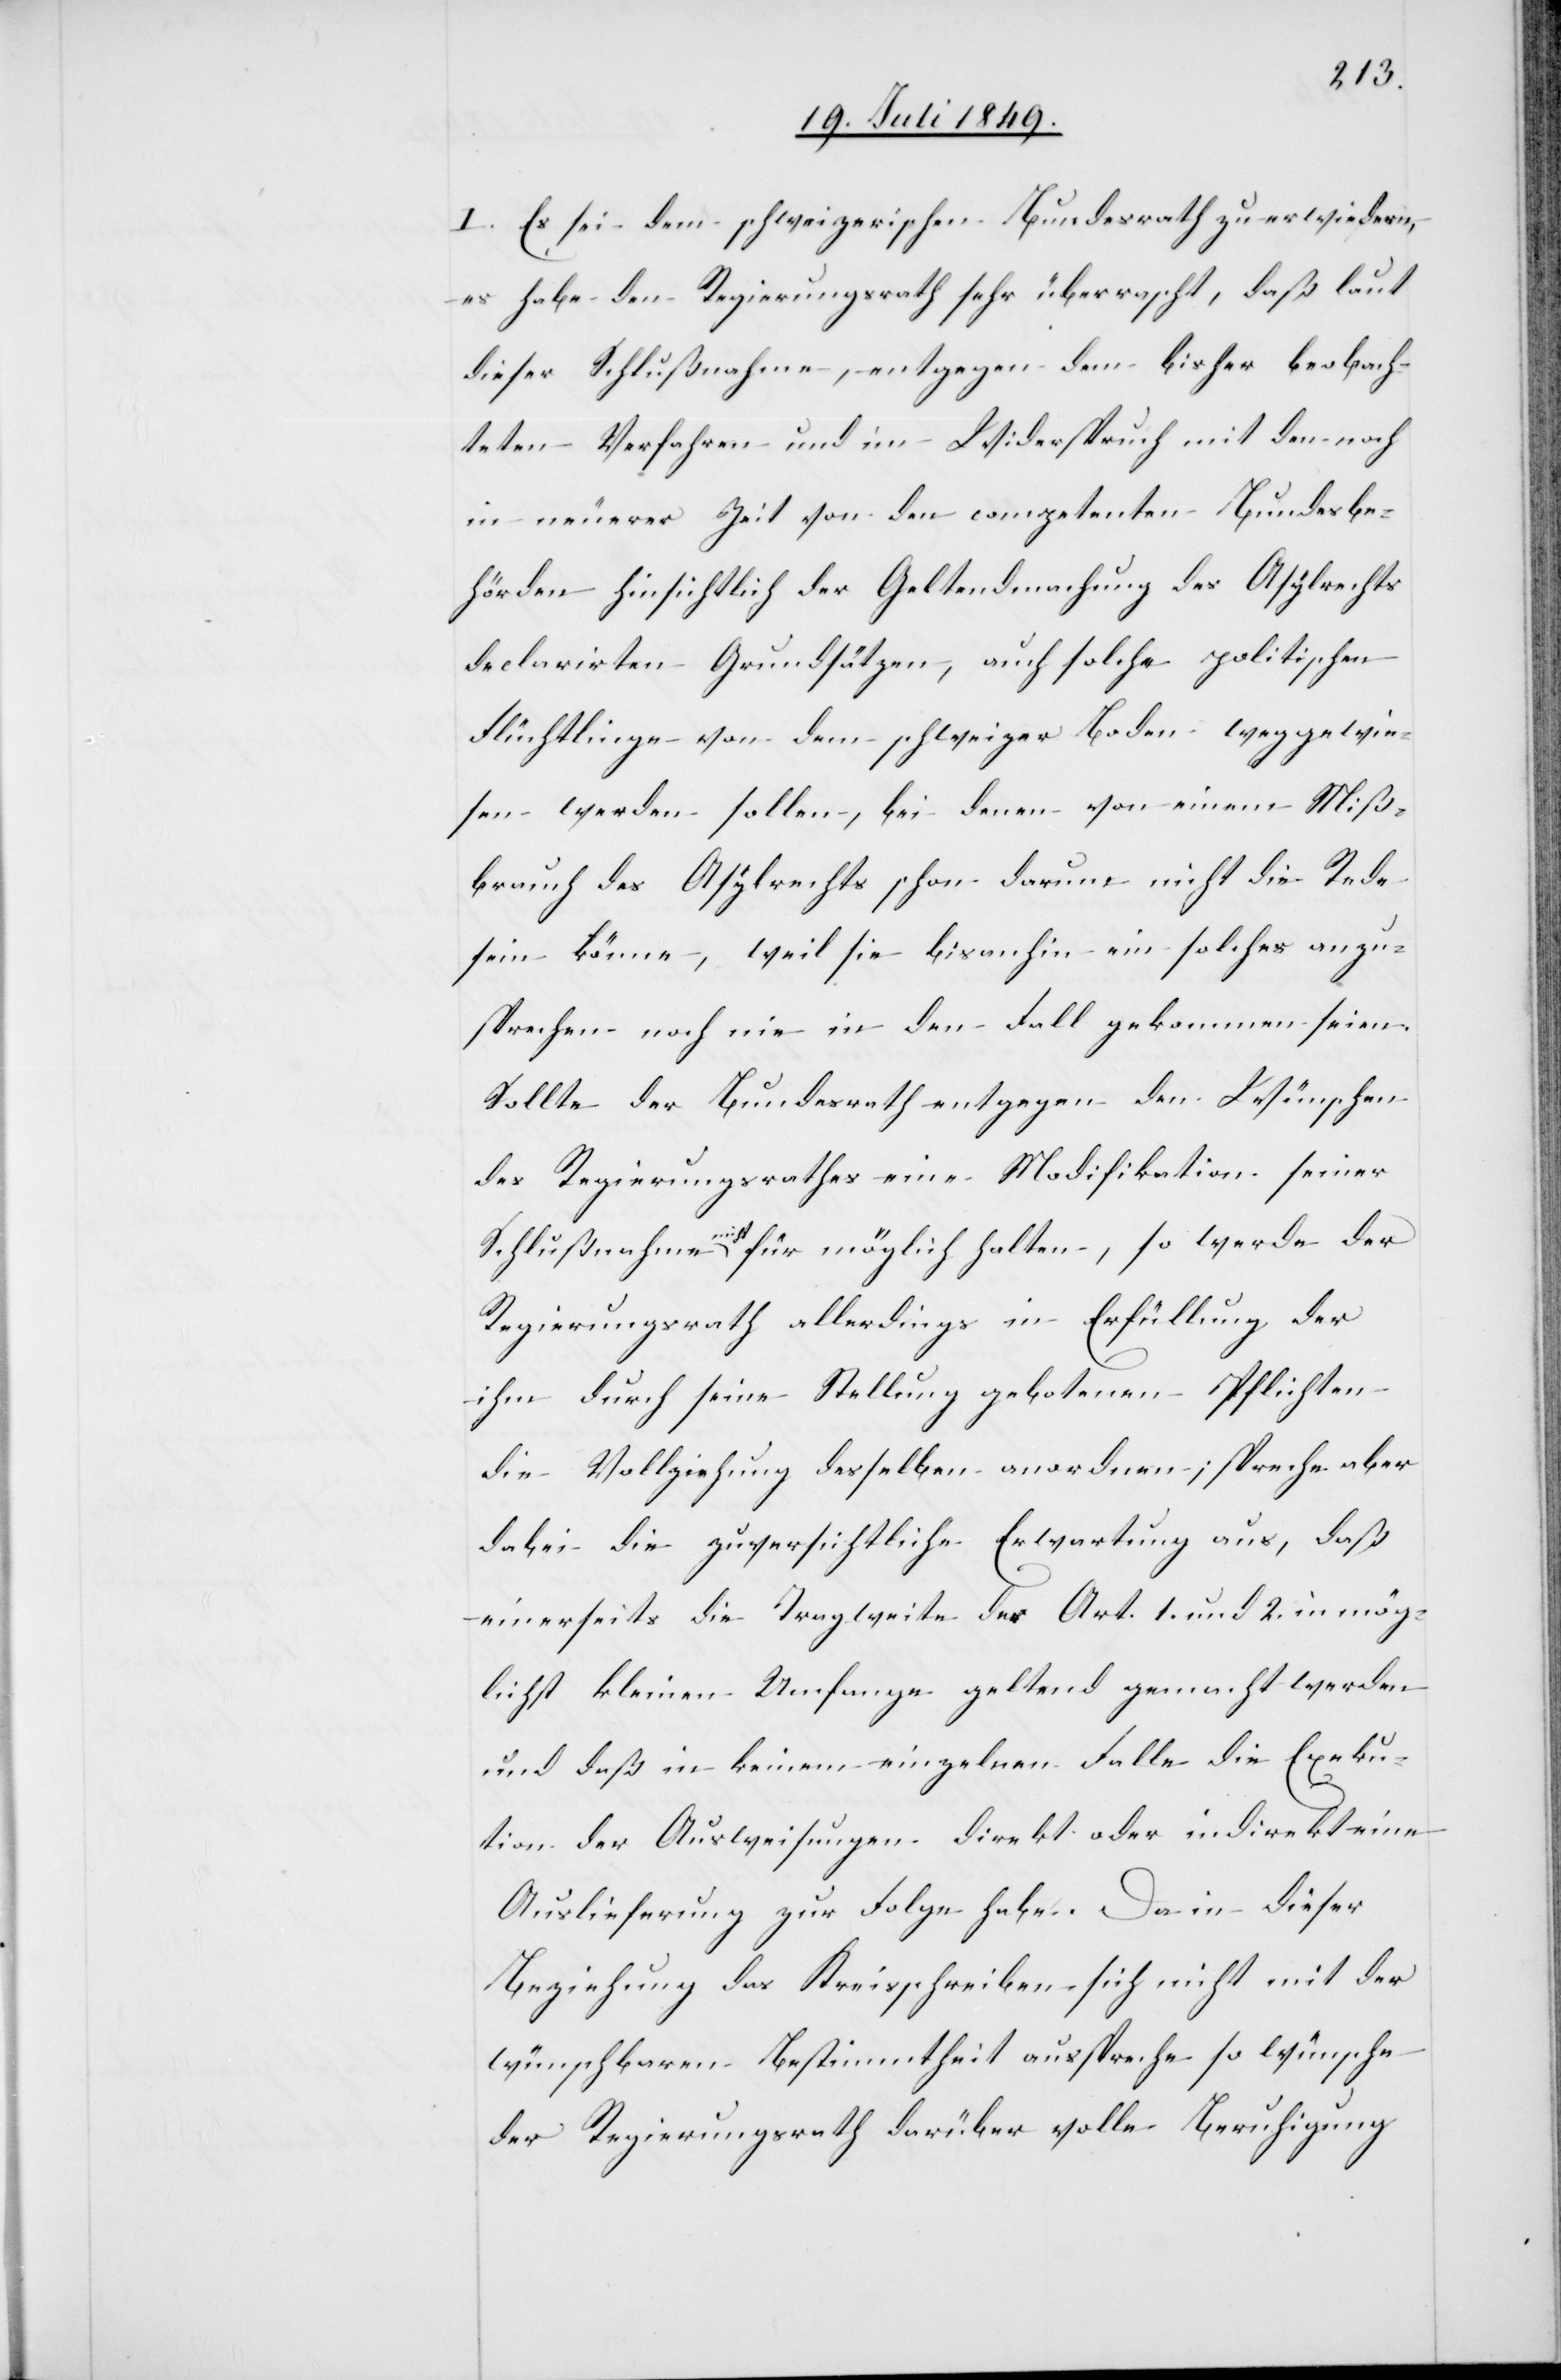
I. Es sei dem schweizerischen Bundesrath zu erwiedern,
es habe den Regierungsrath sehr überrascht, daß laut
dieser Schlußnahme, entgegen dem bisher beobach¬
teten Verfahren und im Widerspruch mit den noch
in neuerer Zeit von den competenten Bundesbe¬
hörden hinsichtlich der Geltendmachung des Asylrechts
declarirten Grundsätzen, auch solche politischen
Flüchtlinge von dem schweizer Boden weggewie¬
sen werden sollen, bei denen von einem Miß¬
brauch des Asylrechts schon darum nicht die Rede
sein könne, weil sie bisanhin ein solches anzu¬
sprechen noch nie in den Fall gekommen seien.
Sollte der Bundesrath entgegen den Wünschen
des Regierungsrathes eine Modifikation seiner
Schlußnahme nicht für möglich halten, so werde der
Regierungsrath allerdings in Erfüllung der
ihm durch seine Stellung gebotenen Pflichten
die Vollziehung desselben anordnen; spreche aber
dabei die zuversichtliche Erwartung aus, daß
einerseits die Tragweite des Art. 1. und 2. in mög¬
lichst kleinem Umfange geltend gemacht werden
und daß in keinem einzelnen Falle die Exeku¬
tion der Ausweisungen direkt oder indirekt eine
Auslieferung zur Folge habe. Da in dieser
Beziehung das Kreisschreiben sich nicht mit der
wünschbaren Bestimmtheit ausspreche so wünsche
der Regierungsrath darüber volle Beruhigung